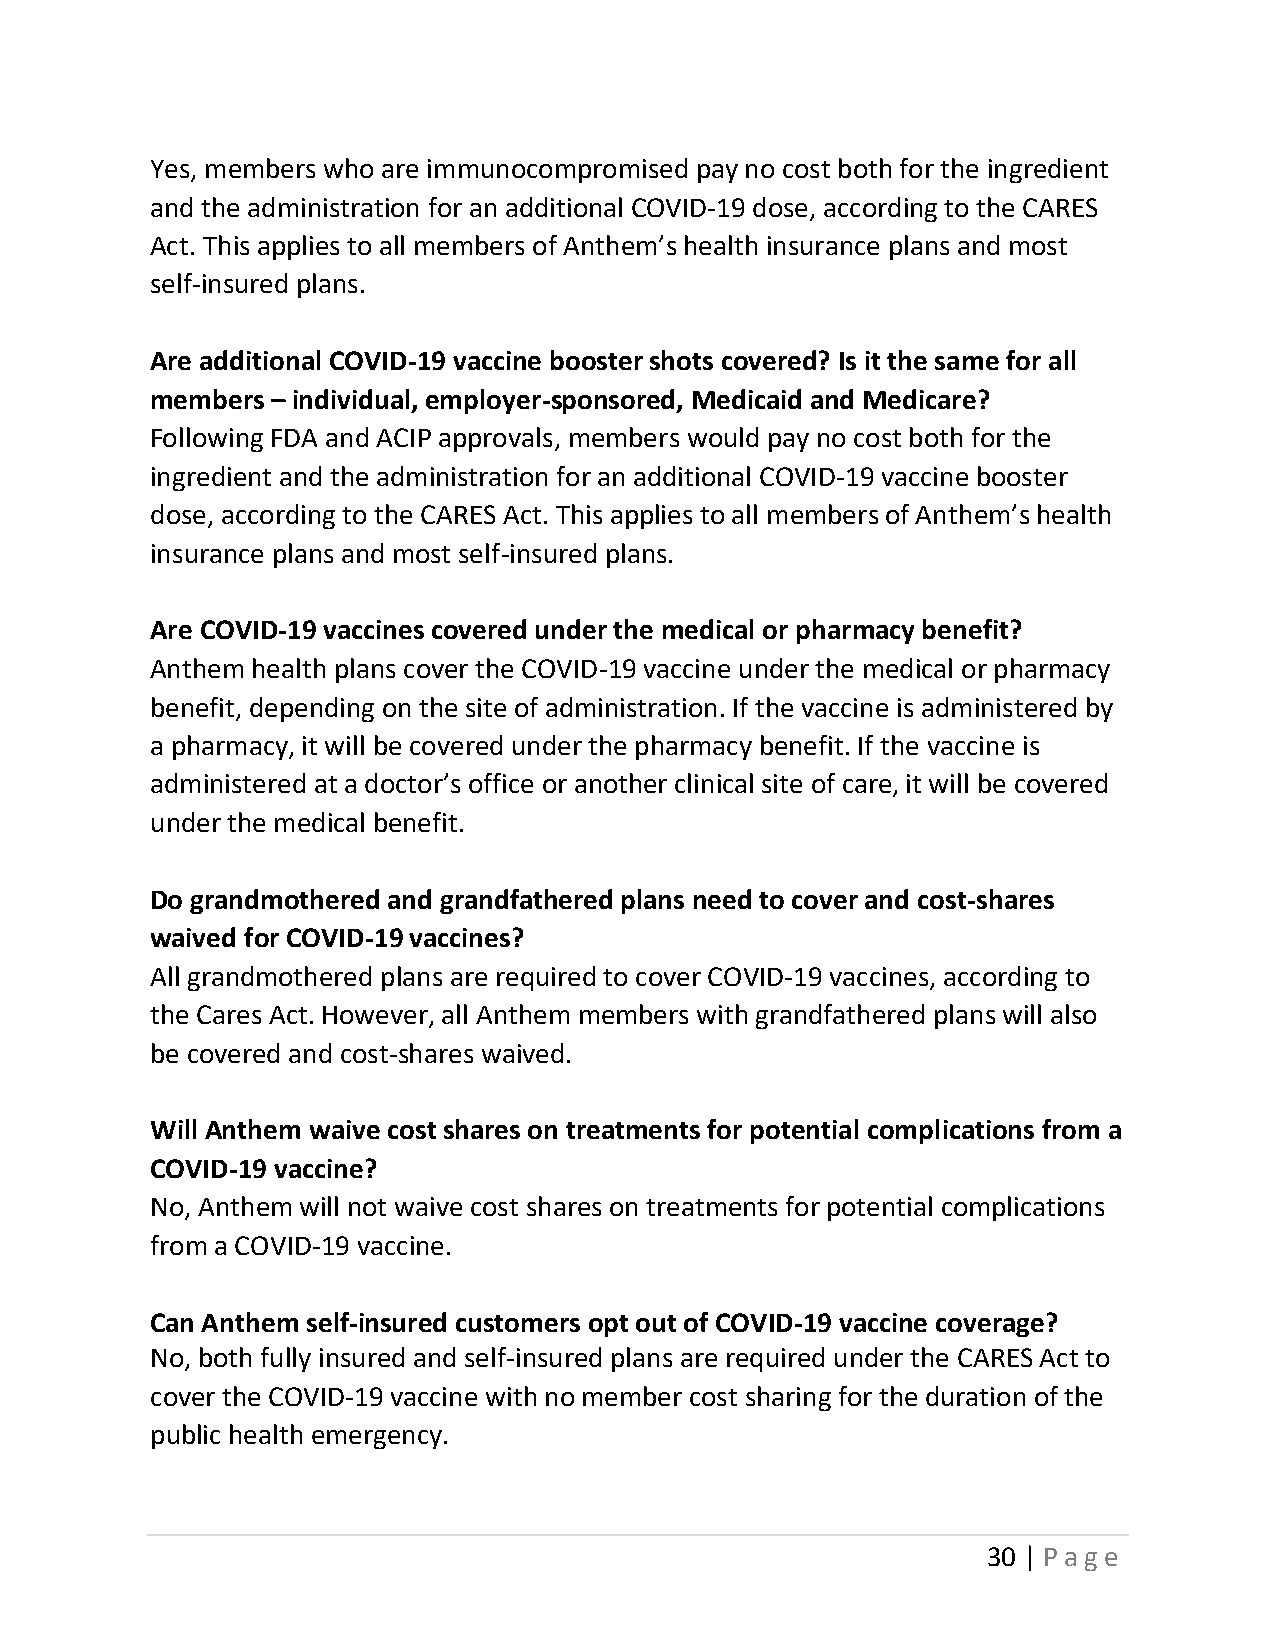
Yes, members who are immunocompromised pay no cost both for the ingredient
 and the administration for an additional COVID-19 dose, according to the CARES
 Act. This applies to all members of Anthem’s health insurance plans and most
 self-insured plans.
 Are additional COVID-19 vaccine booster shots covered? Is it the same for all
 members – individual, employer-sponsored, Medicaid and Medicare?
 Following FDA and ACIP approvals, members would pay no cost both for the
 ingredient and the administration for an additional COVID-19 vaccine booster
 dose, according to the CARES Act. This applies to all members of Anthem’s health
 insurance plans and most self-insured plans.
 Are COVID-19 vaccines covered under the medical or pharmacy benefit?
 Anthem health plans cover the COVID-19 vaccine under the medical or pharmacy
 benefit, depending on the site of administration. If the vaccine is administered by
 a pharmacy, it will be covered under the pharmacy benefit. If the vaccine is
 administered at a doctor’s office or another clinical site of care, it will be covered
 under the medical benefit.
 Do grandmothered and grandfathered plans need to cover and cost-shares
 waived for COVID-19 vaccines?
 All grandmothered plans are required to cover COVID-19 vaccines, according to
 the Cares Act. However, all Anthem members with grandfathered plans will also
 be covered and cost-shares waived.
 Will Anthem waive cost shares on treatments for potential complications from a
 COVID-19 vaccine?
 No, Anthem will not waive cost shares on treatments for potential complications
 from a COVID-19 vaccine.
 Can Anthem self-insured customers opt out of COVID-19 vaccine coverage?
 No, both fully insured and self-insured plans are required under the CARES Act to
 cover the COVID-19 vaccine with no member cost sharing for the duration of the
 public health emergency.
 30 | Page